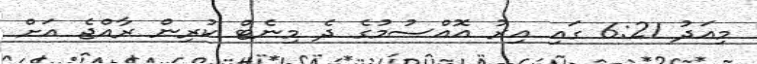
މިއަދު 6:21 ގައި އިރު އޮއްސުމުގެ ދެ މިނެޓް ކުރިން ރާއްޖެ އަށް